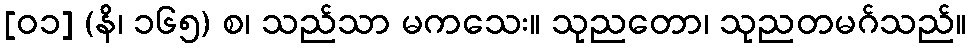
[၀၁] (နိ၊ ၁၆၅) စ၊ သည်သာ မကသေး။ သုညတော၊ သုညတမဂ်သည်။